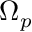
\Omega _ { p }